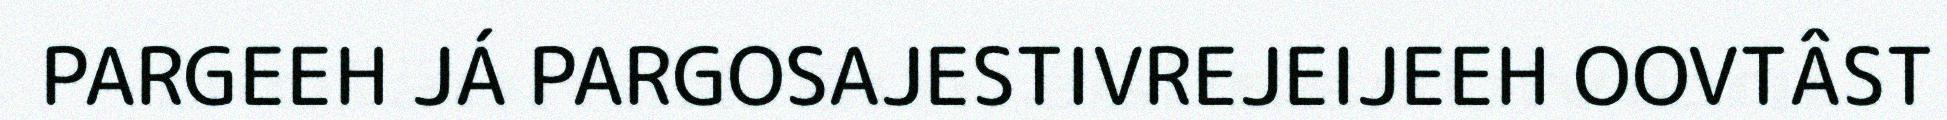
PARGEEH JÁ PARGOSAJESTIVREJEIJEEH OOVTÂST